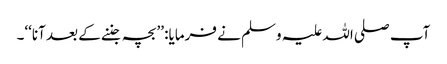
آپ صلی اللہ علیہ وسلم نے فرمایا: ’’بچہ جننے کے بعد آنا‘‘۔